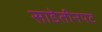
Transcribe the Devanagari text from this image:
साडेतीनपट